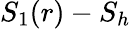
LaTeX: S_{1}(r)-S_{h}